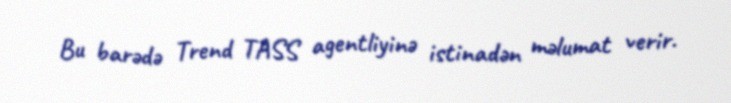
Bu barədə Trend TASS agentliyinə istinadən məlumat verir.